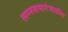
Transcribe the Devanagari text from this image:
लग्नसमारंभातील